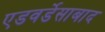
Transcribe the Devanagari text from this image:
एडवर्डेसाबाद